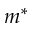
m ^ { * }